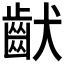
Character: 𱌚